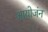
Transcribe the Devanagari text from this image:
आयोजंन